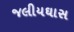
જલીયઘાસ